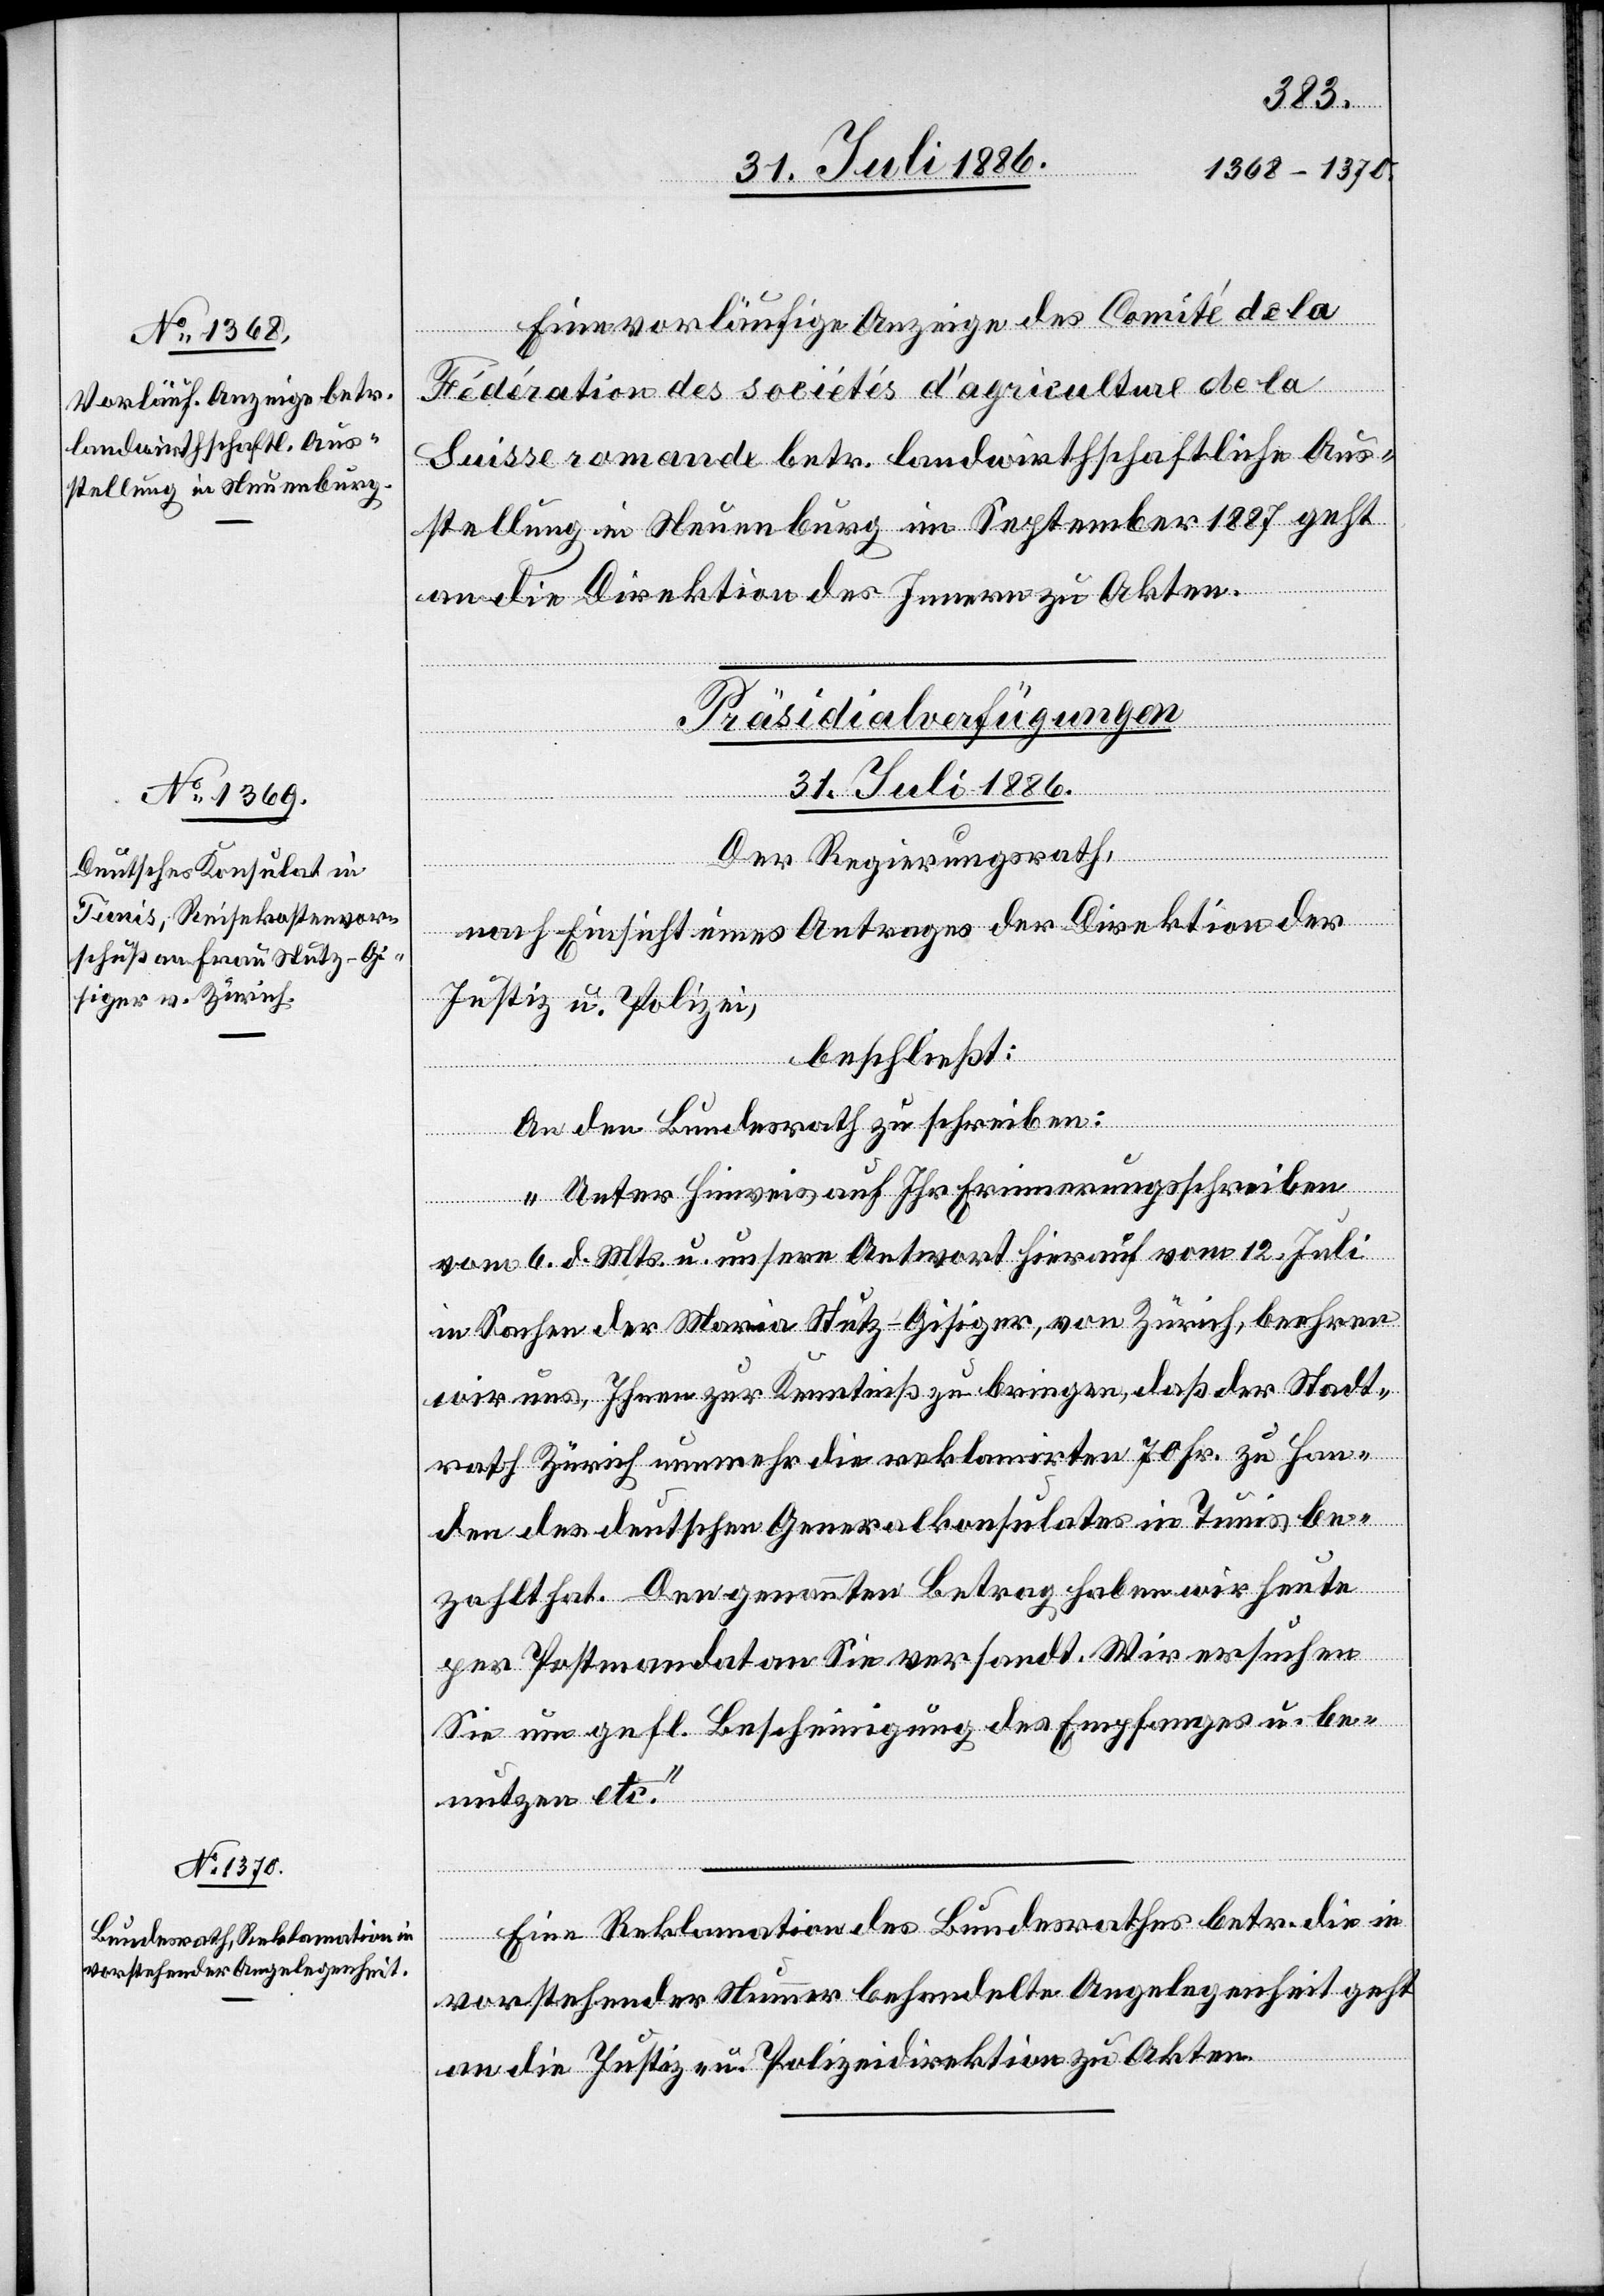
31. Juli 1886.]
Eine vorläufige Anzeige des Comité de la
Fédération des sociétés d’agriculture de la
Suisse romande betr. landwirthschaftliche Aus¬
stellung in Neuenburg im September 1887 geht
an die Direktion des Innern zu Akten.
[Präsidialverfügungen
31. Juli 1886.
Der Regierungsrath,
nach Einsicht eines Antrages der Direktion der
Justiz u. Polizei,
beschließt:
An den Bundesrath zu schreiben:
„Unter Hinweis auf Ihr Erinnerungsschreiben
vom 6. d. Mts. u. unsere Antwort hierauf vom 12. Juli
in Sachen der Maria Stutz-Gisiger, von Zürich, beehren
wir uns, Ihnen zur Kenntniß zu bringen, daß der Stadt¬
rath Zürich nunmehr die reklamirten 70 Fr. zu Han¬
den des deutschen Generalkonsulates in Tunis be¬
zahlt hat. Den genannten Betrag haben wir heute
per Postmandat an Sie versandt. Wir ersuchen
Sie um gefl. Bescheinigung des Empfanges u. be¬
nutzen etc.“
Eine Reklamation des Bundesrathes betr. die in
vorstehender Nummer behandelte Angelegenheit geht
an die Justiz- u. Polizeidirektion zu Akten.